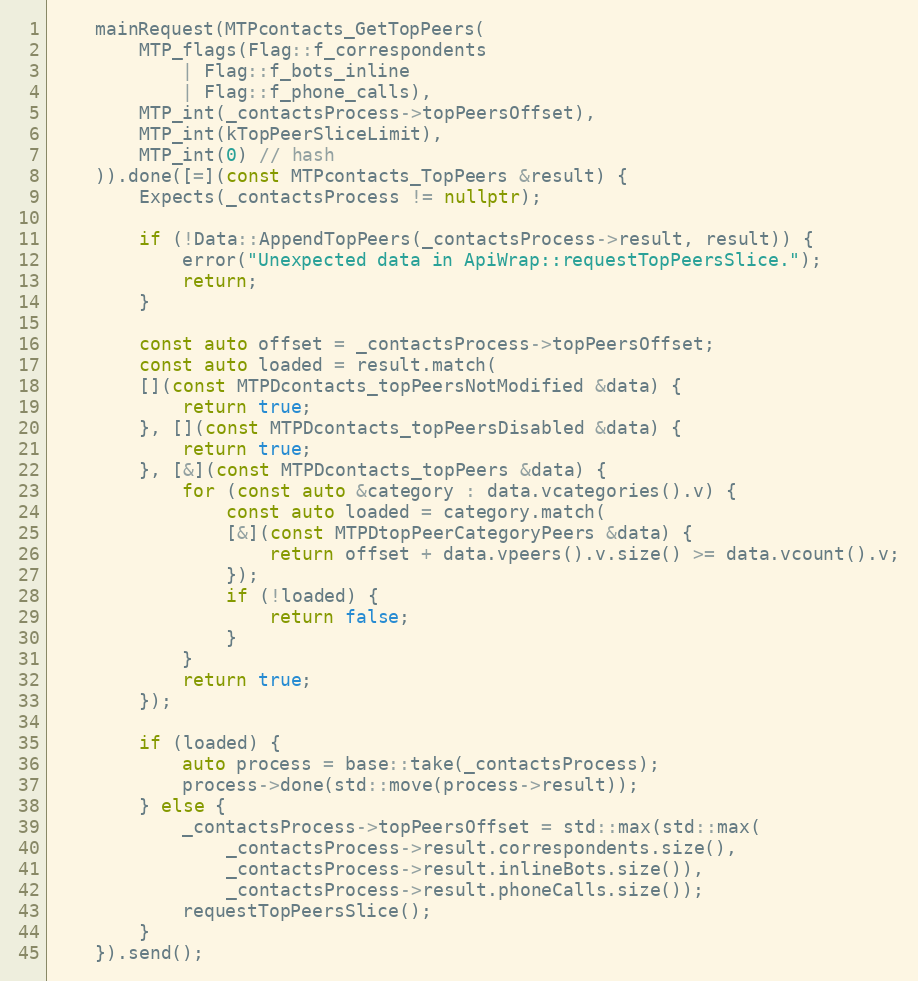
Language: C++
	mainRequest(MTPcontacts_GetTopPeers(
		MTP_flags(Flag::f_correspondents
			| Flag::f_bots_inline
			| Flag::f_phone_calls),
		MTP_int(_contactsProcess->topPeersOffset),
		MTP_int(kTopPeerSliceLimit),
		MTP_int(0) // hash
	)).done([=](const MTPcontacts_TopPeers &result) {
		Expects(_contactsProcess != nullptr);

		if (!Data::AppendTopPeers(_contactsProcess->result, result)) {
			error("Unexpected data in ApiWrap::requestTopPeersSlice.");
			return;
		}

		const auto offset = _contactsProcess->topPeersOffset;
		const auto loaded = result.match(
		[](const MTPDcontacts_topPeersNotModified &data) {
			return true;
		}, [](const MTPDcontacts_topPeersDisabled &data) {
			return true;
		}, [&](const MTPDcontacts_topPeers &data) {
			for (const auto &category : data.vcategories().v) {
				const auto loaded = category.match(
				[&](const MTPDtopPeerCategoryPeers &data) {
					return offset + data.vpeers().v.size() >= data.vcount().v;
				});
				if (!loaded) {
					return false;
				}
			}
			return true;
		});

		if (loaded) {
			auto process = base::take(_contactsProcess);
			process->done(std::move(process->result));
		} else {
			_contactsProcess->topPeersOffset = std::max(std::max(
				_contactsProcess->result.correspondents.size(),
				_contactsProcess->result.inlineBots.size()),
				_contactsProcess->result.phoneCalls.size());
			requestTopPeersSlice();
		}
	}).send();